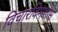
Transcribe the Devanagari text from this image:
विचारविमर्शास